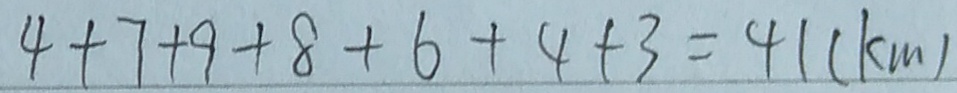
4 + 7 + 9 + 8 + 6 + 4 + 3 = 4 1 ( k m )